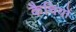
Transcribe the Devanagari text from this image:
कैचियों